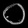
Digit: ၀